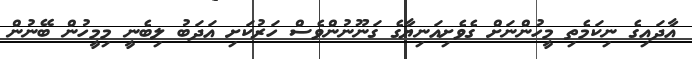
އާދައިގެ ނިކަމެތި މީހުންނަށް ގެވެށިއަނިޔާގެ ގަނޫނުންވެސް ހަރުކަަށި އަދަބު ލިބެނީ މިމީހުން ބޭނުން